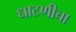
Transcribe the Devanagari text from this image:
धाटणीचा